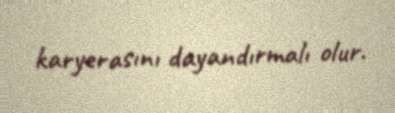
karyerasını dayandırmalı olur.